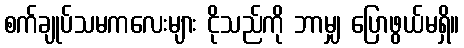
စက်ချုပ်သမကလေးများ ငိုသည်ကို ဘာမျှ ပြောဖွယ်မရှိ။